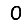
Digit: 0